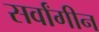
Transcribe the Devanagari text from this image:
सर्वांगीन